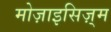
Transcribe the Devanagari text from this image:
मोज़ाइसिज़्म